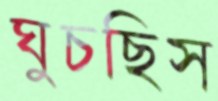
ঘুচছিস